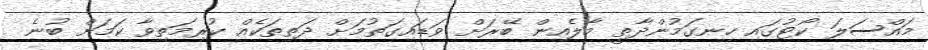
މައްސަލަ ކޯޓުގައި ހިނގަމުންދާތީ މާލެއިން ބޭރަށް ވަޑައިގަތުމަށް ދަތިތަކެއް ކުރިމަތިވާ ކަމަށް ބުނެ